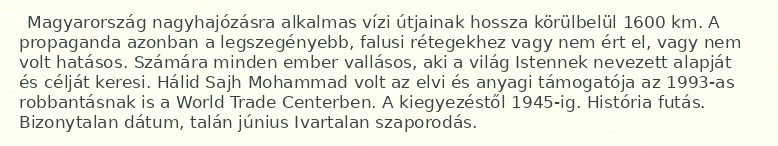
Magyarország nagyhajózásra alkalmas vízi útjainak hossza körülbelül 1600 km. A propaganda azonban a legszegényebb, falusi rétegekhez vagy nem ért el, vagy nem volt hatásos. Számára minden ember vallásos, aki a világ Istennek nevezett alapját és célját keresi. Hálid Sajh Mohammad volt az elvi és anyagi támogatója az 1993-as robbantásnak is a World Trade Centerben. A kiegyezéstől 1945-ig. História futás. Bizonytalan dátum, talán június Ivartalan szaporodás.